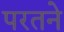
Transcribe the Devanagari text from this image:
परतने